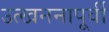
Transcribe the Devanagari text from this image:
उत्खननापूर्वी